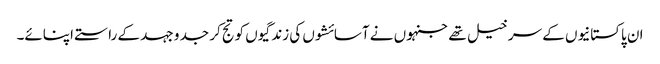
ان پاکستانیوں کے سرخیل تھے جنہوں نے آسائشوں کی زندگیوں کو تج کر جد و جہد کے راستے اپنائے۔